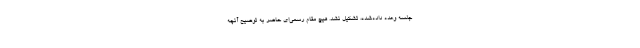
جلسه وعده داده‌شده، تشکیل نشد. هیچ مقام رسمی‌ای حاضر به توضیح آنچه